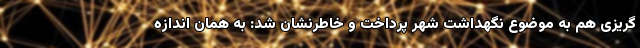
گریزی هم به موضوع نگهداشت شهر پرداخت و خاطرنشان شد: به همان اندازه